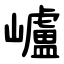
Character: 㠠